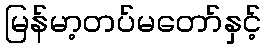
မြန်မာ့တပ်မတော်နှင့်